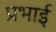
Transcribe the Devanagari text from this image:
प्रभाई